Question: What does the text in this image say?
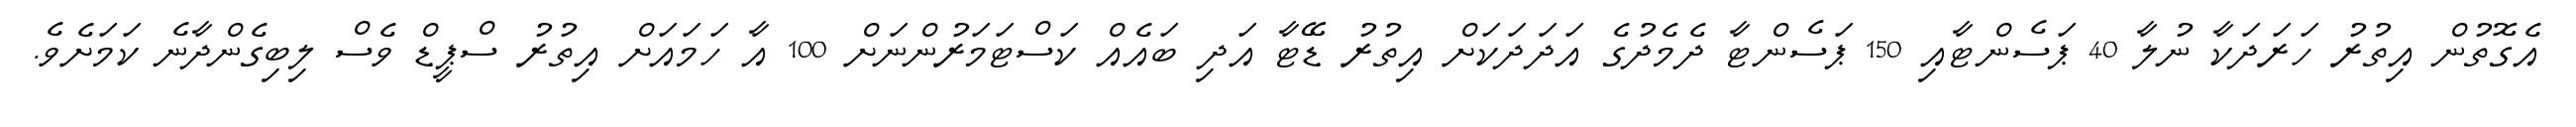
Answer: އެގޮތުން އިތުރު ހަރަދަކާ ނުލާ 40 ޕަސެންޓާއި 150 ޕަސެންޓާ ދެމެދުގެ އަދަދަކަށް އިތުރު ޑޭޓާ އަދި ބައެއް ކަސްޓަމަރުންނަށް 100 އާ ހަމައަށް އިތުރު ސްޕީޑް ވެސް ލިބިގެންދާނެ ކަމަށެވެ.